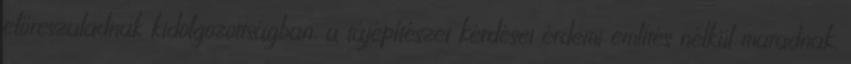
előreszaladnak kidolgozottságban, a tájépítészet kérdései érdemi említés nélkül maradnak.